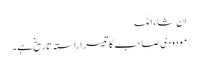
ان شاء اللہ
مودودی صاحب کا تیسرا راستہ تاریخ ہے۔